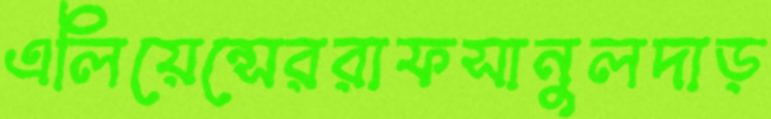
এলিয়েন্সেররাফসানুলদাড়